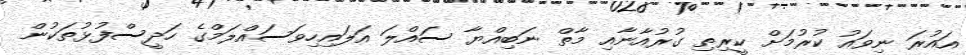
އައުރަ ނިވައު ކުރުމަށް ކީރިތި ގުރުއާނާއި މާތް ނަބިއްޔާ ސައްލަ އަލައިހިވަސައްލަމްގެ ހަދީސްފުޅުތަކުން